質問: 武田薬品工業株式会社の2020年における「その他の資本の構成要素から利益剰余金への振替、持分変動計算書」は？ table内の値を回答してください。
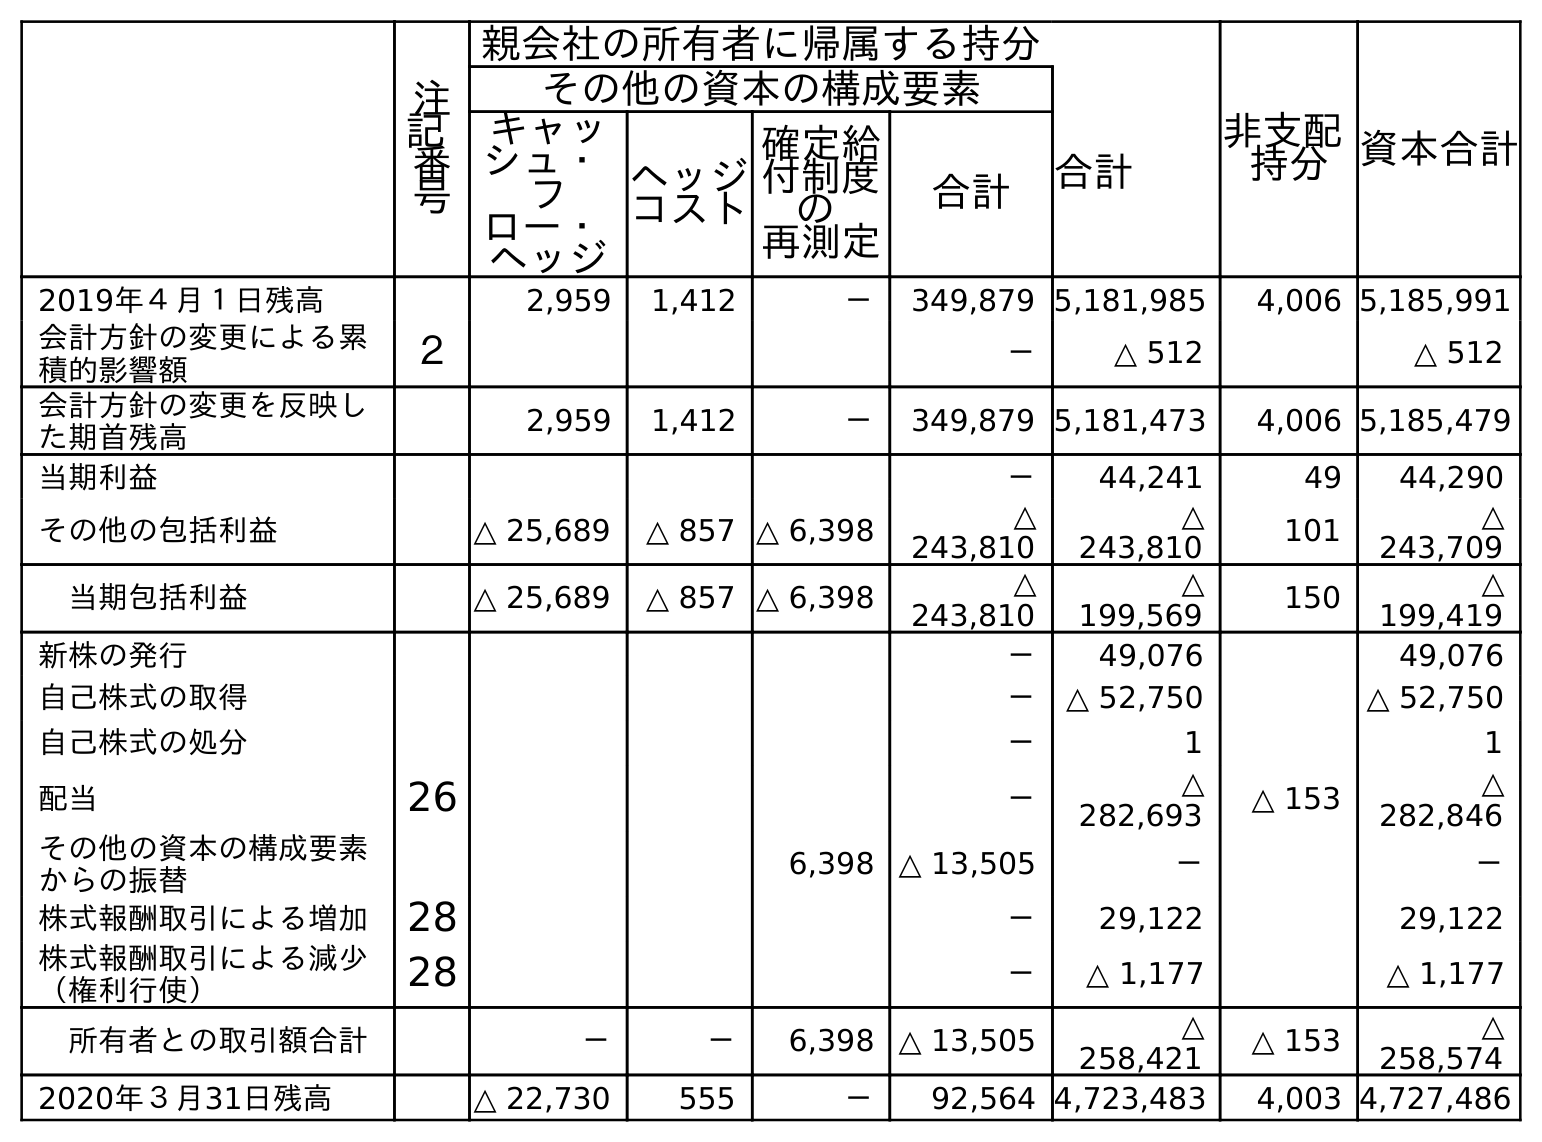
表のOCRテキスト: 注 記 番 号 親会社の所有者に帰属する持分 非支配 持分資本合計 その他の資本の構成要素 合計 キャッ シュ・ フ ロー・ ヘッジ ヘッジ コスト 確定給 付制度 の 再測定 合計 2019年４月１日残高 2,959 1,412 － 349,879 5,181,985 4,006 5,185,991 会計方針の変更による累 積的影響額 ２ － △ 512 △ 512 会計方針の変更を反映し た期首残高 2,959 1,412 － 349,879 5,181,473 4,006 5,185,479 当期利益 － 44,241 49 44,290 その他の包括利益 △ 25,689 △ 857 △ 6,398 △ 243,810 △ 243,810 101 △ 243,709 当期包括利益 △ 25,689 △ 857 △ 6,398 △ 243,810 △ 199,569 150 △ 199,419 新株の発行 － 49,076 49,076 自己株式の取得 － △ 52,750 △ 52,750 自己株式の処分 － 1 1 配当 26 － △ 282,693 △ 153 △ 282,846 その他の資本の構成要素 からの振替 6,398 △ 13,505 － － 株式報酬取引による増加 28 － 29,122 29,122 株式報酬取引による減少 （権利行使） 28 － △ 1,177 △ 1,177 所有者との取引額合計 － － 6,398 △ 13,505 △ 258,421 △ 153 △ 258,574 2020年３月31日残高 △ 22,730 555 － 92,564 4,723,483 4,003 4,727,486
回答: －